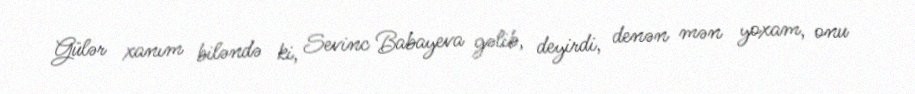
Gülər xanım biləndə ki, Sevinc Babayeva gəlib, deyirdi, denən mən yoxam, onu